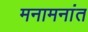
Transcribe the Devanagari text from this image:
मनामनांत